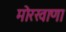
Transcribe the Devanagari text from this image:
मोरखाणा